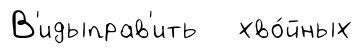
В'идыправ'ить хво́йных